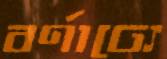
বর্ণাঢ্যে